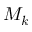
M _ { k }